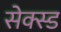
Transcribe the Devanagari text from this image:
सेक्स्ड